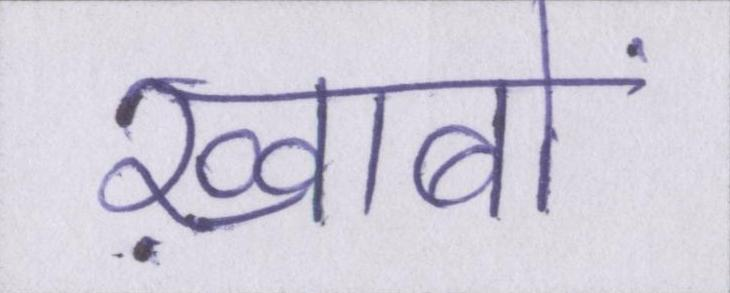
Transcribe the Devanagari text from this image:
ख़्वाबों